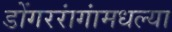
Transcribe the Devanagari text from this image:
डोंगररांगांमधल्या